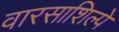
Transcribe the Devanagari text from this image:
वारसाशिल्पे